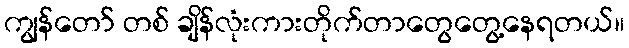
ကျွန်တော် တစ် ချိန်လုံးကားတိုက်တာတွေတွေ့နေရတယ်။